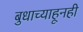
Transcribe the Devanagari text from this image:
बुधाच्याहूनही